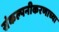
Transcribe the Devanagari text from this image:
संकल्पनीकरणाच्या